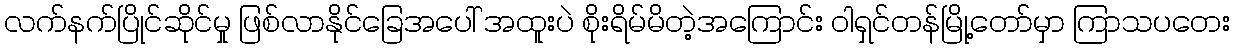
လက်နက်ပြိုင်ဆိုင်မှု ဖြစ်လာနိုင်ခြေအပေါ် အထူးပဲ စိုးရိမ်မိတဲ့အကြောင်း ဝါရှင်တန်မြို့တော်မှာ ကြာသပတေး